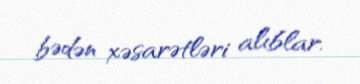
bədən xəsarətləri alıblar.